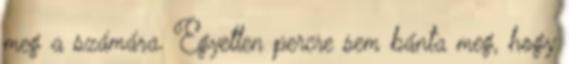
meg a számára. Egyetlen percre sem bánta meg, hogy